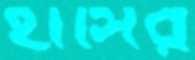
হাঁসির